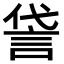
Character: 𫌸